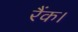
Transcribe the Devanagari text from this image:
रैंक।